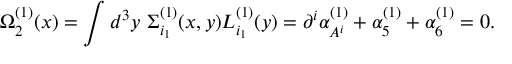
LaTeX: \Omega _ { 2 } ^ { ( 1 ) } ( x ) = \int d ^ { 3 } y \ \Sigma _ { i _ { 1 } } ^ { ( 1 ) } ( x , y ) L _ { i _ { 1 } } ^ { ( 1 ) } ( y ) = \partial ^ { i } \alpha _ { A ^ { i } } ^ { ( 1 ) } + \alpha _ { 5 } ^ { ( 1 ) } + \alpha _ { 6 } ^ { ( 1 ) } = 0 .